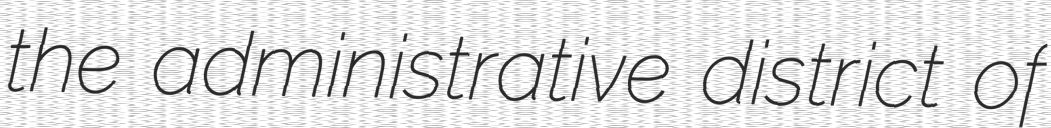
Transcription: the administrative district of